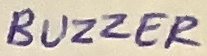
Text: BUZZER